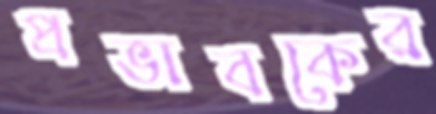
প্রভাবকের